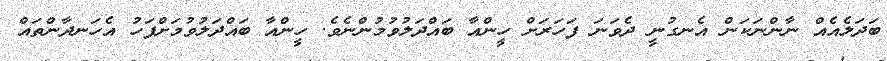
ބަދަލެއެއް ނާންނަކަން އެނގުނީ ދެވަނަ ފަހަރަށް ހީންއާ ބައްދަލުވުމުންނެވެ. ހީންއާ ބައްދަލުވުމަށްފަހު އެހަނދާންތައް